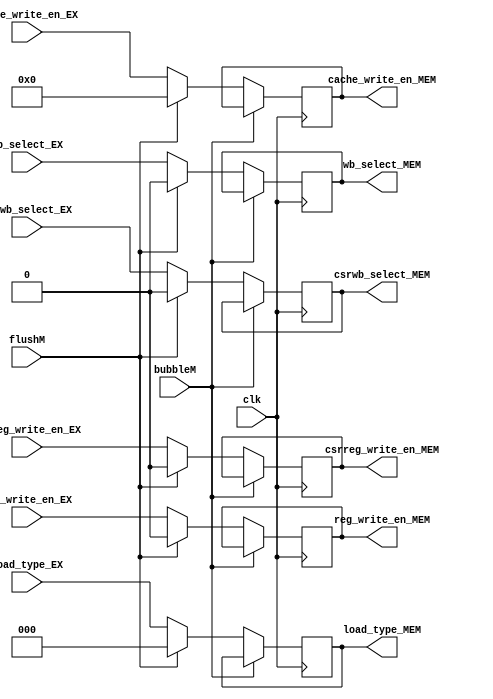
`timescale 1ns / 1ps
//////////////////////////////////////////////////////////////////////////////////
// Company: USTC ESLAB
// 
// Design Name: Ctrl_MEM
// Module Name: Control Signal Seg Reg
// Tool Versions: Vivado 2017.4.1
// Description: Control signal seg reg for EX\MEM
// 
//////////////////////////////////////////////////////////////////////////////////


//  
    // EX\MEM?
// 
    // clk                  
    // wb_select_EX         CacheALU
    // load_type_EX         load
    // reg_write_en_EX      
    // cache_write_en_EX    data cache
    // bubbleM              EXbubble
    // flushM               EXflush
// 
    // wb_select_MEM        CacheALU
    // load_type_MEM        load
    // reg_write_en_MEM     
    // cache_write_en_MEM   data cache

//   
    // 



module Ctrl_MEM(
    input wire clk, bubbleM, flushM,
    input wire wb_select_EX,
    input wire [2:0] load_type_EX,
    input wire reg_write_en_EX,
    input wire [3:0] cache_write_en_EX,
    input wire csrwb_select_EX, 
    input wire csrreg_write_en_EX,
    output reg wb_select_MEM,
    output reg [2:0] load_type_MEM,
    output reg reg_write_en_MEM,
    output reg [3:0] cache_write_en_MEM,
    output reg csrwb_select_MEM, 
    output reg csrreg_write_en_MEM
    );

    initial 
    begin
        wb_select_MEM = 0;
        load_type_MEM = 2'h0;
        reg_write_en_MEM = 0;
        cache_write_en_MEM = 3'h0;
        csrwb_select_MEM = 0;
        csrreg_write_en_MEM = 0;
    end
    
    always@(posedge clk)
        if (!bubbleM) 
        begin
            if (flushM)
            begin
                wb_select_MEM <= 0;
                load_type_MEM <= 2'h0;
                reg_write_en_MEM <= 0;
                cache_write_en_MEM <= 3'h0;
                csrwb_select_MEM = 0;
                csrreg_write_en_MEM = 0;
            end
            else
            begin
                wb_select_MEM <= wb_select_EX;
                load_type_MEM <= load_type_EX;
                reg_write_en_MEM <= reg_write_en_EX;
                cache_write_en_MEM <= cache_write_en_EX;
                csrwb_select_MEM <= csrwb_select_EX; 
                csrreg_write_en_MEM <= csrreg_write_en_EX;
            end
        end
    
endmodule